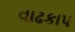
વાઢકાપ